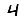
Digit: 4